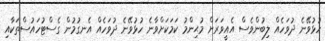
ހުޅުވޭނެ ދުވަހެއް ލިބުންވެސް އެއީވަރަށް މުޙިންމު ކަމަކަށްވާނެ ހުޅުވޭނެ ދުވަހެއް އެނގުމުން ގެސްޓުހައުސްތަކާއި